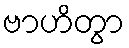
ဗာဟိတွာ